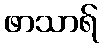
ဖာသာရ်